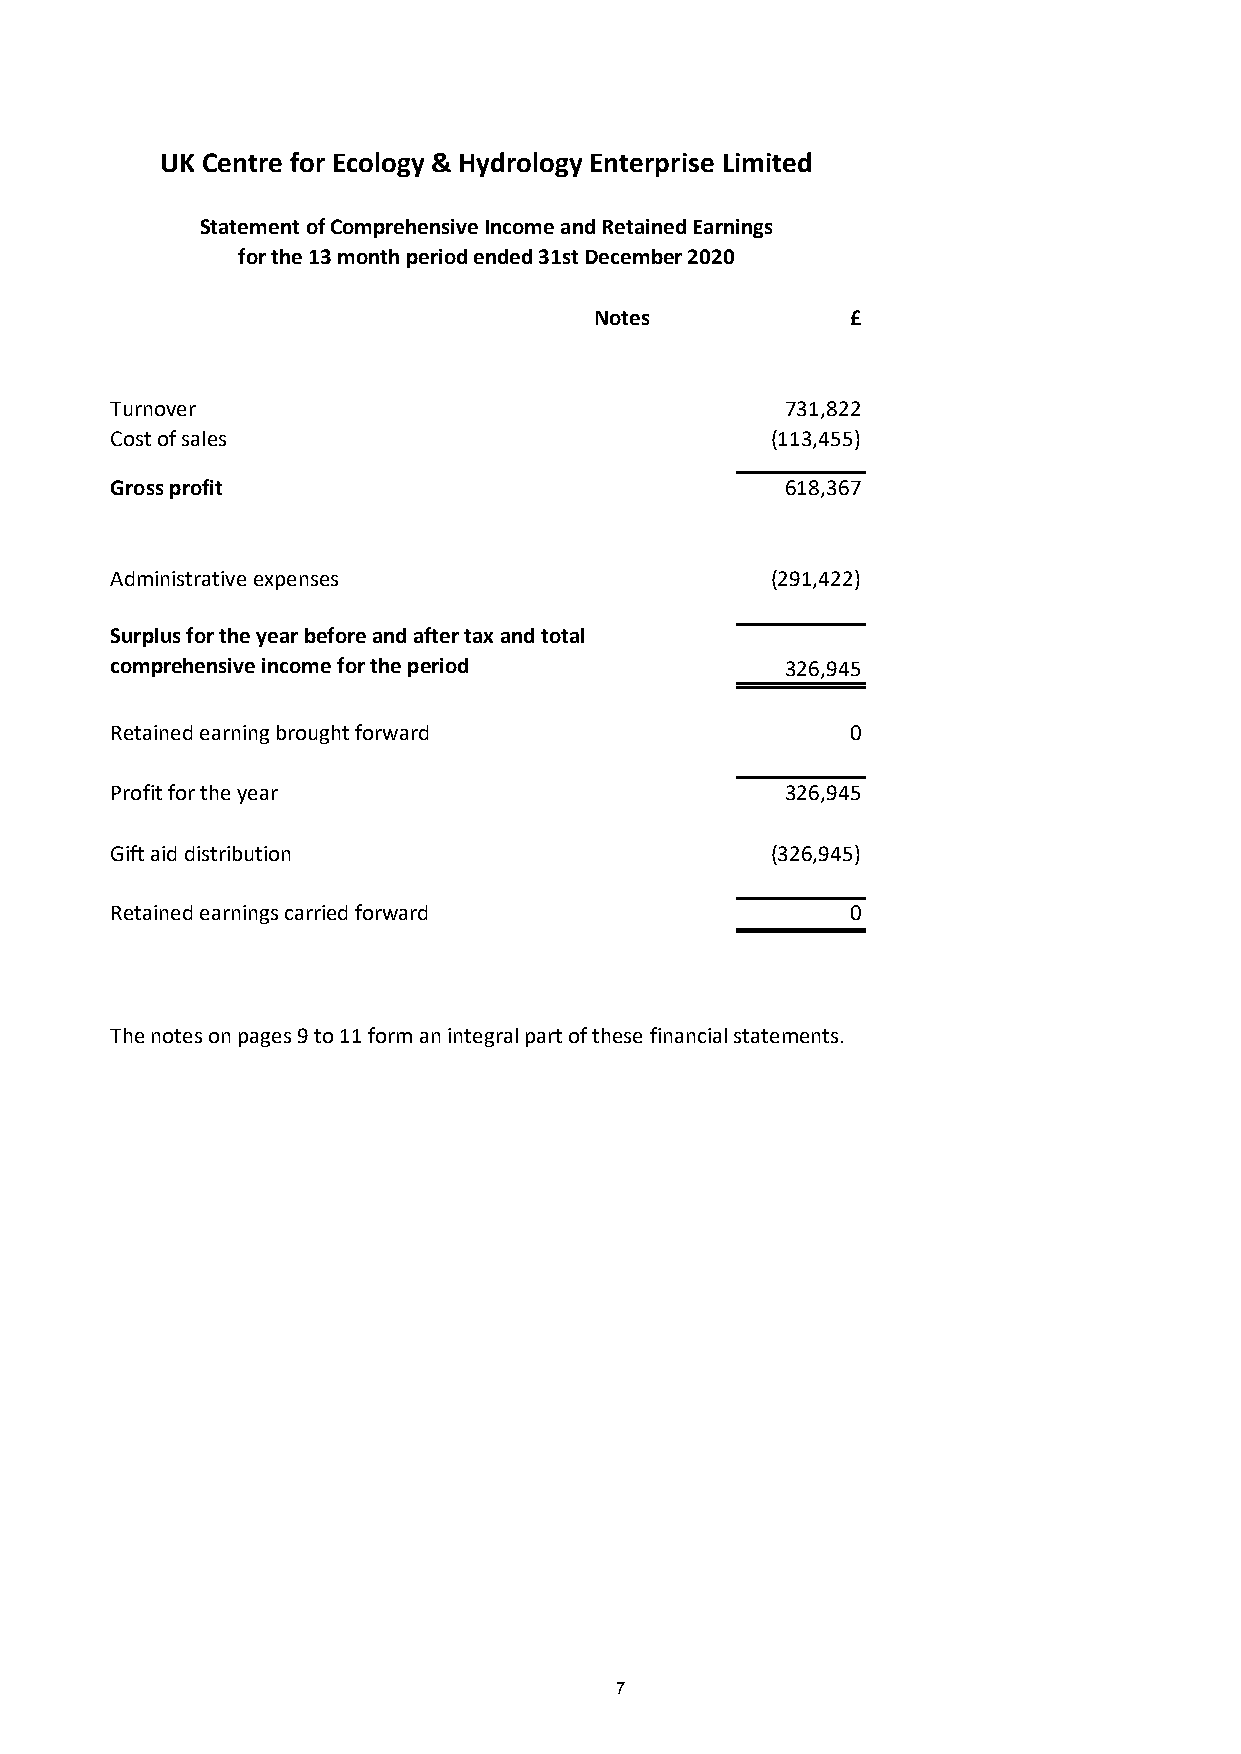
UK Centre for Ecology & Hydrology Enterprise Limited
 Statement of Comprehensive Income and Retained Earnings
 for the 13 month period ended 31st December 2020
 Notes            £
 Turnover                                     731,822
 Cost of sales                               (113,455)
 Gross profit                                 618,367
 Administrative expenses                     (291,422)
 Surplus for the year before and after tax and total
 comprehensive income for the period          326,945
 Retained earning brought forward                 0
 Profit for the year                          326,945
 Gift aid distribution                       (326,945)
 Retained earnings carried forward                0
 The notes on pages 9 to 11 form an integral part of these financial statements.
 7